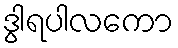
ဒွါရပါလကော